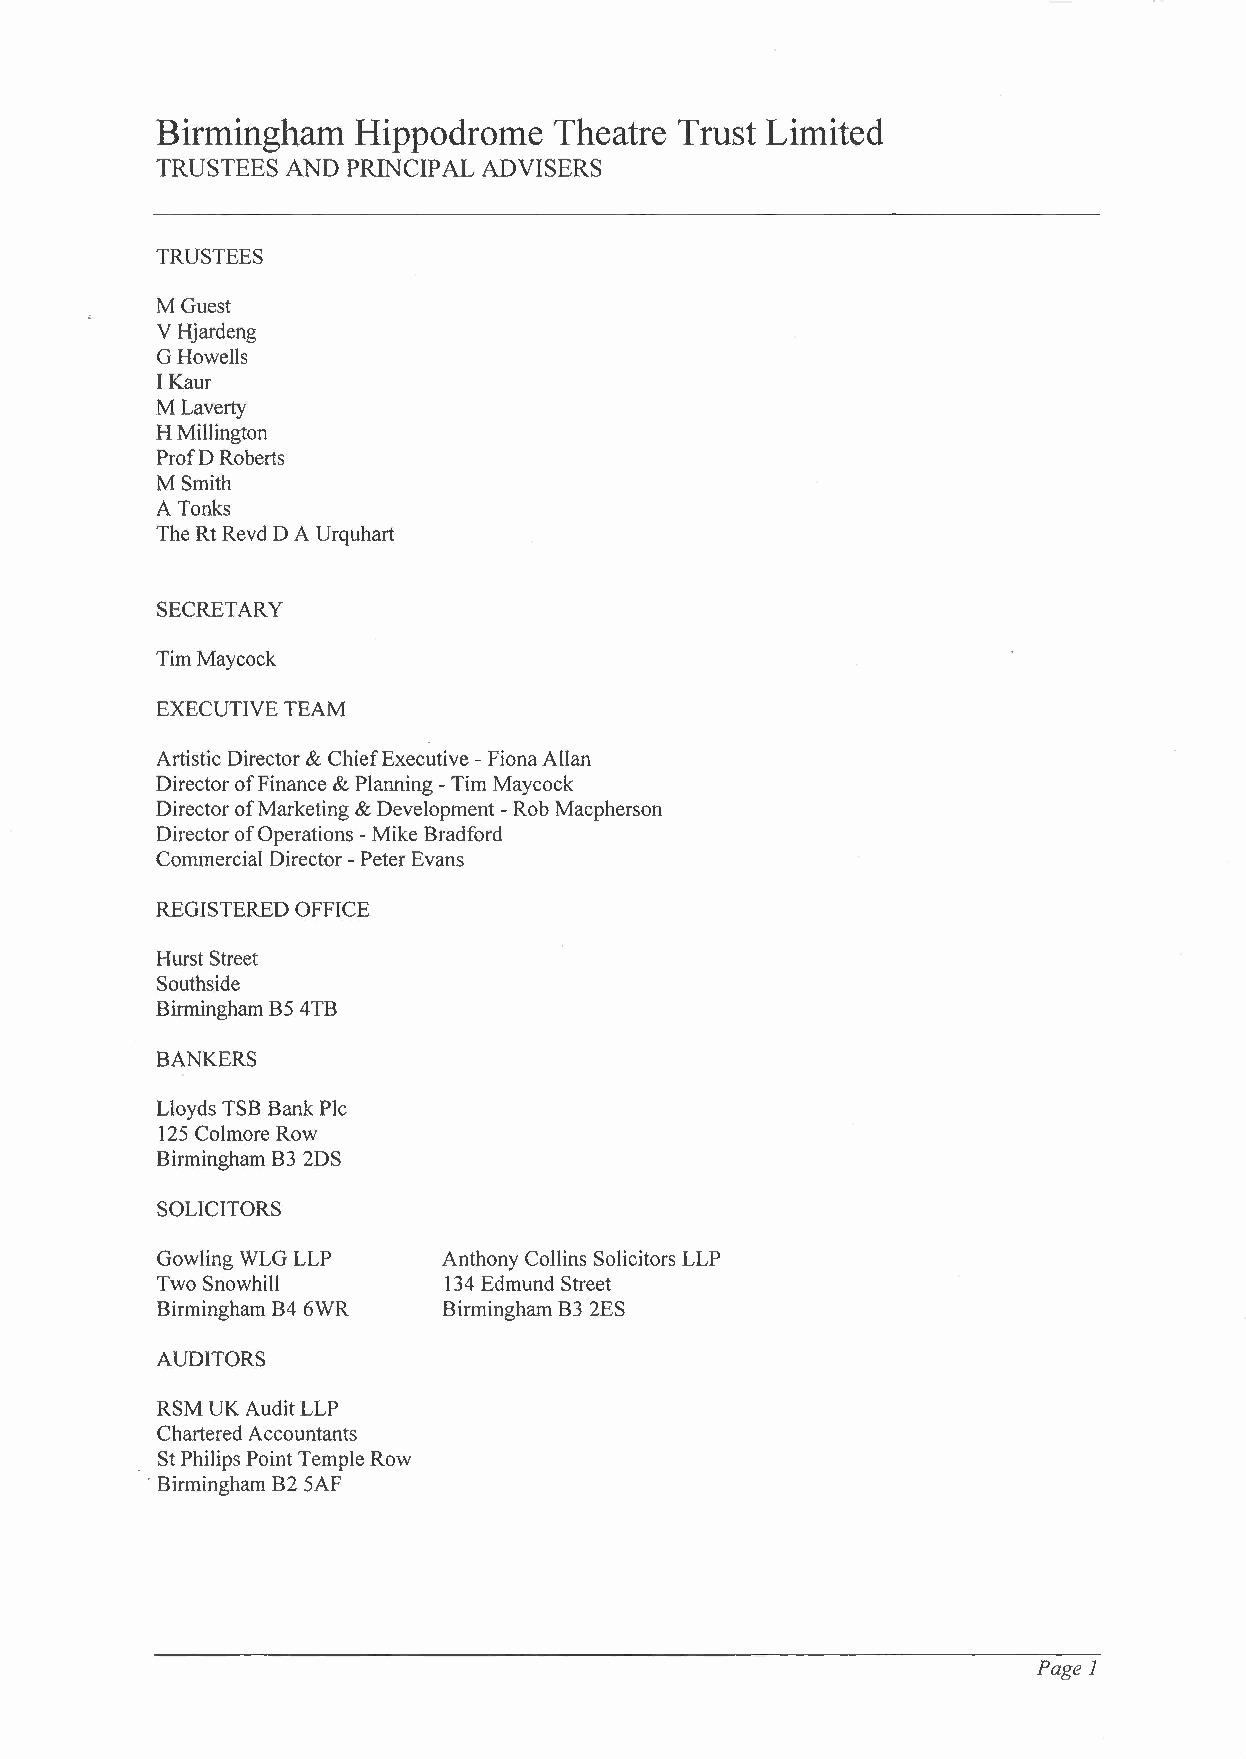
Birmingham    Hippodrome   Theatre Trust Limited
 TRUSTEES AND PRINCIPAL ADVISERS
 TRUSTEES
 MGuest
 VHjardeng
 G Howells
 I Kaur
 M Laverty
 H Millington
 Prof D Roberts
 M Smith
 A Tonks
 The Rt Revd D A Urquhart
 SECRETARY
 Tim Maycock
 EXECUTIVE TEAM
 Artistic Director & Chief Executive - Fiona Allan
 Director of Finance & Planning - Tim Maycock
 Director of Marketing & Development - Rob Macpherson
 Director of Operations - Mike Bradford
 Commercial Director - Peter Evans
 REGISTERED OFFICE
 Hurst Street
 Southside
 Birmingham B5 4TB
 BANKERS
 Lloyds TSB Bank Pic
 125 Colmore Row
 Birmingham B3 2DS
 SOLICITORS
 Gowling WLG LLP    Anthony Collins Solicitors LLP
 Two SnowhilI       134 Edmund Street
 Birmingham B4 6WR  Birmingham B3 2ES
 AUDITORS
 RSM UK Audit LLP
 Chartered Accountants
 St Philips Point Temple Row
 . Birmingham B2 SAF
 Page 1